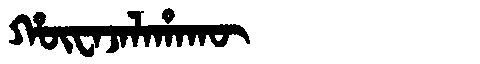
Manchu: ᡥᡡᠸᠠᠵᠠᠯᠠᡥᠠᡴᡡ
Romanization: HŪWAJALAHAKŪ